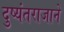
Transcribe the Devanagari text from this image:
दुष्यंतराजाने